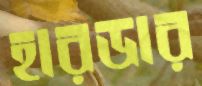
হারডার